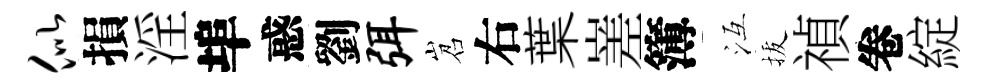
似損淫埠惑劉弭岧右葉嵳簿冱拔禎卷綻